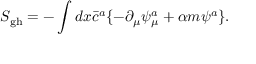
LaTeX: S _ { \mathrm { g h } } = - \int d x \bar { c } ^ { a } \{ - \partial _ { \mu } \psi _ { \mu } ^ { a } + \alpha m \psi ^ { a } \} .